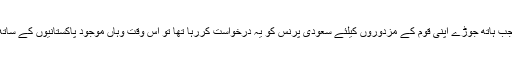
اکھڑ، مغرور اور اپنی ذات میں قید رہنے والا عمران خان جب ہاتھ جوڑے اپنی قوم کے مزدوروں کیلئے سعودی پرنس کو یہ درخواست کررہا تھا تو اس وقت وہاں موجود پاکستانیوں کے ساتھ ساتھ سعودی سفارتکاروں کی بھی آنکھوں میں آنسو آگئے۔